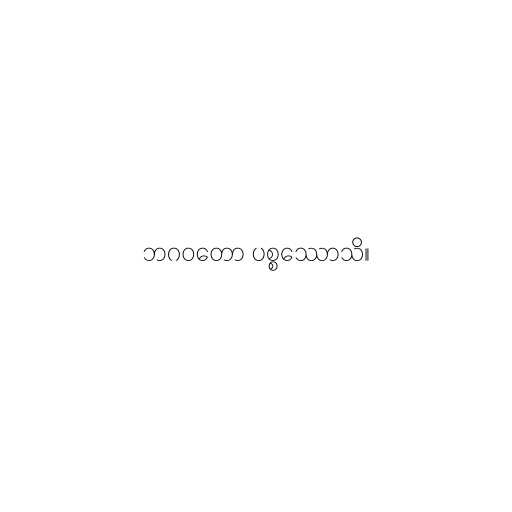
ဘဂဝတော ပစ္စဿောသိ။